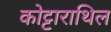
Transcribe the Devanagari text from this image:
कोट्टाराथिल